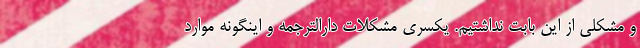
و مشکلی از این بابت نداشتیم. یکسری مشکلات دارالترجمه و اینگونه موارد